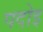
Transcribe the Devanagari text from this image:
पदोइ